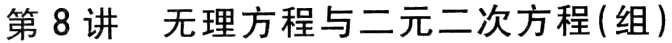
第8讲 无理方程与二元二次方程(组)